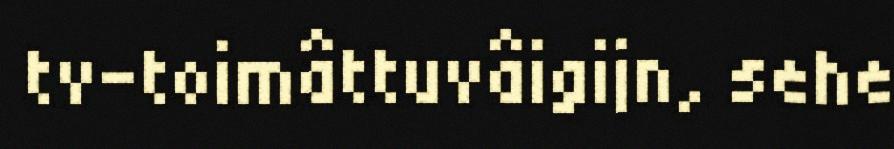
tv-toimâttuvâigijn, sehe